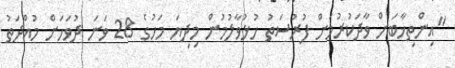
"އިންތިޚާބަށް ވާދަކުރުމަށް ފުރުސަތު ހުޅުވާލުމުން މިދިޔަ މަހުގެ 28 ވަނަ ދުވަހަށް މުއްދަތު